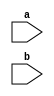
module NOT_gate (
    input wire a,
    input wire b
);
    
assign b = !a;

endmodule